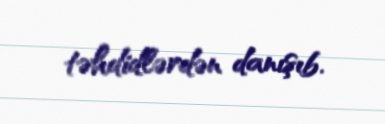
təhdidlərdən danışıb.